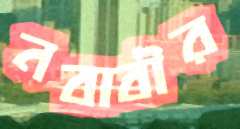
নবাবীর